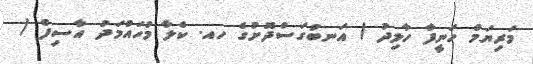
މަރިޔަމް ހަނީފާ ހާލިދު / އަނބުގަސްދޮށުގެ ހއ. ކެލާ މުހައްމަދު އާސިފް /